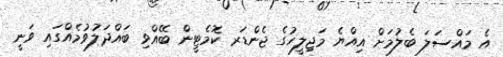
އެ މައްސަލަ ބެލުމަށް އިއްޔެ މަޖިލީހުގެ ޖެންޑަރ ކޮމެޓީން ބޭއްވި ބައްދަލުވުމެއްގައި ވަނީ